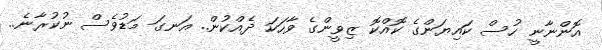
އޮންނާނީ ހުސް ކައިޔަންގެ ކޮއްކޮ ޒިވީންގެ ވާހަކަ ދެއްކުން.. އަނގަ މަޑުވެސް ނުކުރާނެ..